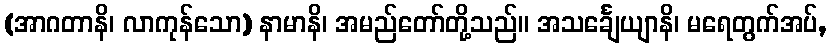
(အာဂတာနိ၊ လာကုန်သော) နာမာနိ၊ အမည်တော်တို့သည်။ အသင်္ချေယျာနိ၊ မရေတွက်အပ်,